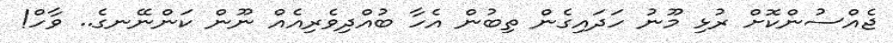
ޖެއްސުންކޮށް ރުޅި މޫނު ހަދައިގެން ތިބުން އެހާ ބުއްދިވެރިއެއް ނޫން ކަންނޭނގެ.. ވާހް!